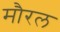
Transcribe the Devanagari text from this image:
मौरल